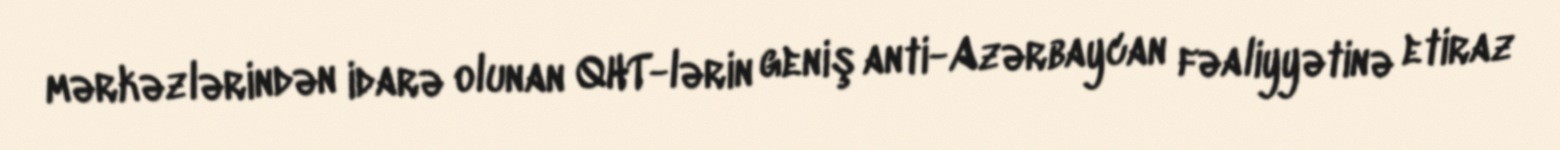
mərkəzlərindən idarə olunan QHT-lərin geniş anti-Azərbaycan fəaliyyətinə etiraz